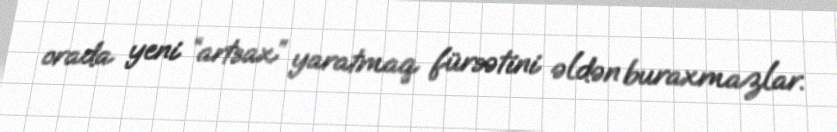
orada yeni “artsax” yaratmaq fürsətini əldən buraxmazlar.